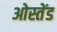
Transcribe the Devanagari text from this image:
ओस्तेंड